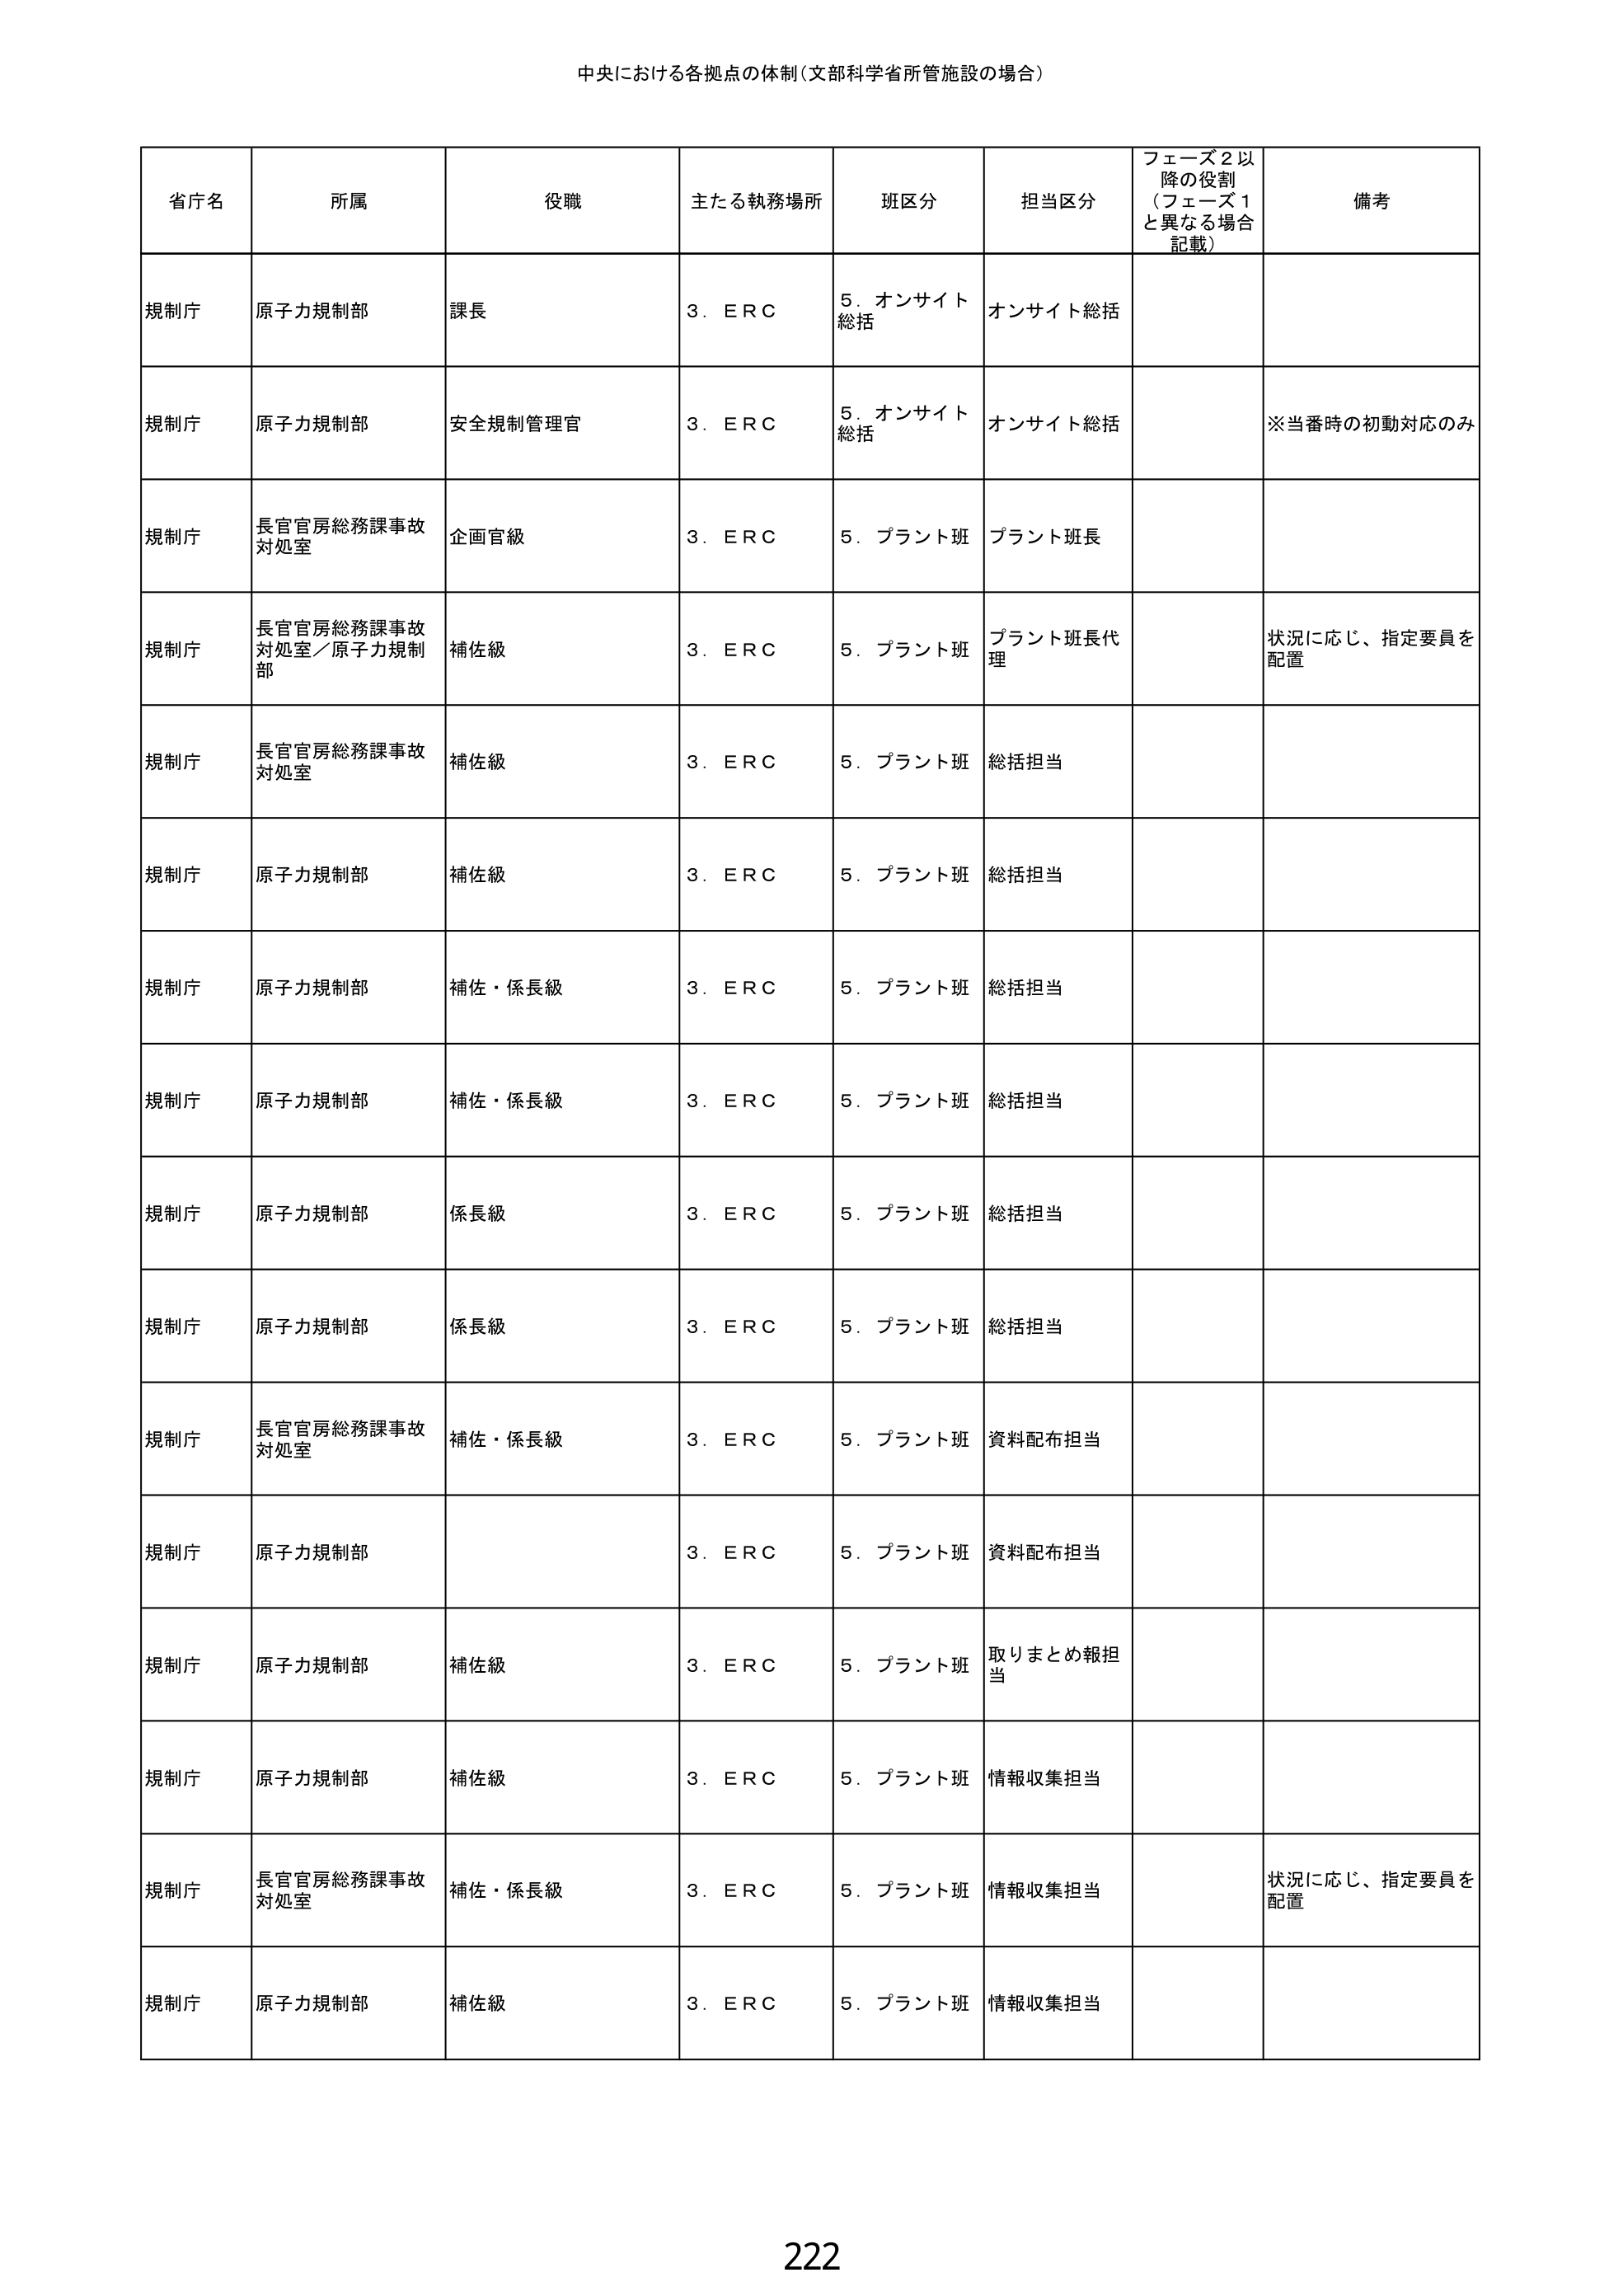
中央における各拠点の体制（文部科学省所管施設の場合）

省庁名	所属	役職	主たる執務場所	班区分	担当区分	フェーズ2以降の役割（フェーズ1と異なる場合記載）	備考
規制庁	原子力規制部	課長	3．ＥＲＣ	5．オンサイト総括	オンサイト総括
規制庁	原子力規制部	安全規制管理官	3．ＥＲＣ	5．オンサイト総括	オンサイト総括	※当番時の初動対応のみ
規制庁	長官官房総務課事故対処室	企画官級	3．ＥＲＣ	5．プラント班	プラント班長
規制庁	長官官房総務課事故対処室／原子力規制部	補佐級	3．ＥＲＣ	5．プラント班	プラント班長代理	状況に応じ、指定要員を配置
規制庁	長官官房総務課事故対処室	補佐級	3．ＥＲＣ	5．プラント班	総括担当
規制庁	原子力規制部	補佐級	3．ＥＲＣ	5．プラント班	総括担当
規制庁	原子力規制部	補佐・係長級	3．ＥＲＣ	5．プラント班	総括担当
規制庁	原子力規制部	補佐・係長級	3．ＥＲＣ	5．プラント班	総括担当
規制庁	原子力規制部	係長級	3．ＥＲＣ	5．プラント班	総括担当
規制庁	原子力規制部	係長級	3．ＥＲＣ	5．プラント班	総括担当
規制庁	長官官房総務課事故対処室	補佐・係長級	3．ＥＲＣ	5．プラント班	資料配布担当
規制庁	原子力規制部			3．ＥＲＣ	5．プラント班	資料配布担当
規制庁	原子力規制部	補佐級	3．ＥＲＣ	5．プラント班	取りまとめ報担当
規制庁	原子力規制部	補佐級	3．ＥＲＣ	5．プラント班	情報収集担当
規制庁	長官官房総務課事故対処室	補佐・係長級	3．ＥＲＣ	5．プラント班	情報収集担当	状況に応じ、指定要員を配置
規制庁	原子力規制部	補佐級	3．ＥＲＣ	5．プラント班	情報収集担当

222